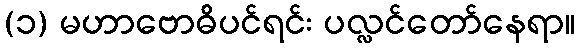
(၁) မဟာဗောဓိပင်ရင်း ပလ္လင်တော်နေရာ။